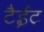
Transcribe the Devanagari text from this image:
टैईट